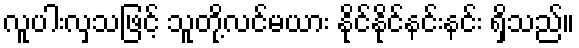
လူပါးလှသဖြင့် သူတို့လင်မယား နိုင်နိုင်နင်းနင်း ရှိသည်။